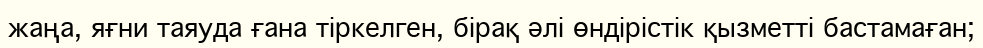
жаңа, яғни таяуда ғана тіркелген, бірақ әлі өндірістік қызметті бастамаған;